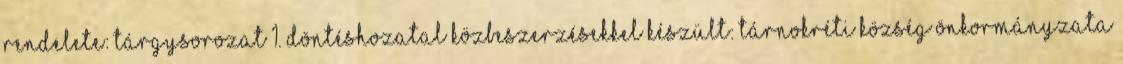
rendelete: TÁRGYSOROZAT 1. Döntéshozatal közbeszerzésekkel Készült: Tárnokréti Község Önkormányzata